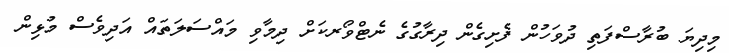
މިދިޔަ ބުރާސްފަތި ދުވަހުން ފެށިގެން ދިރާގުގެ ނެޓްވޯރކަށް ދިމާވި މައްސަލަތައް އަދިވެސް މުޅިން